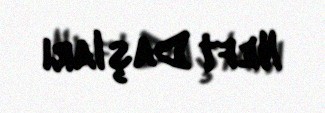
Neft Daşları